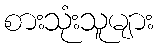
စားသုံးသူများ